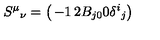
S ^ { \mu } { } _ { \nu } = \left( \begin{matrix} { - 1 } & { 2 B _ { j 0 } } \\ { 0 } & { \delta ^ { i } { } _ { j } } \\ \end{matrix} \right)